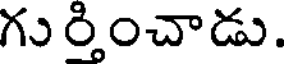
గు ర్తించాడు.